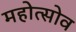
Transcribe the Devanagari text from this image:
महोत्सोव